Jaan_Tonisson_(Lasteleht), lk 538
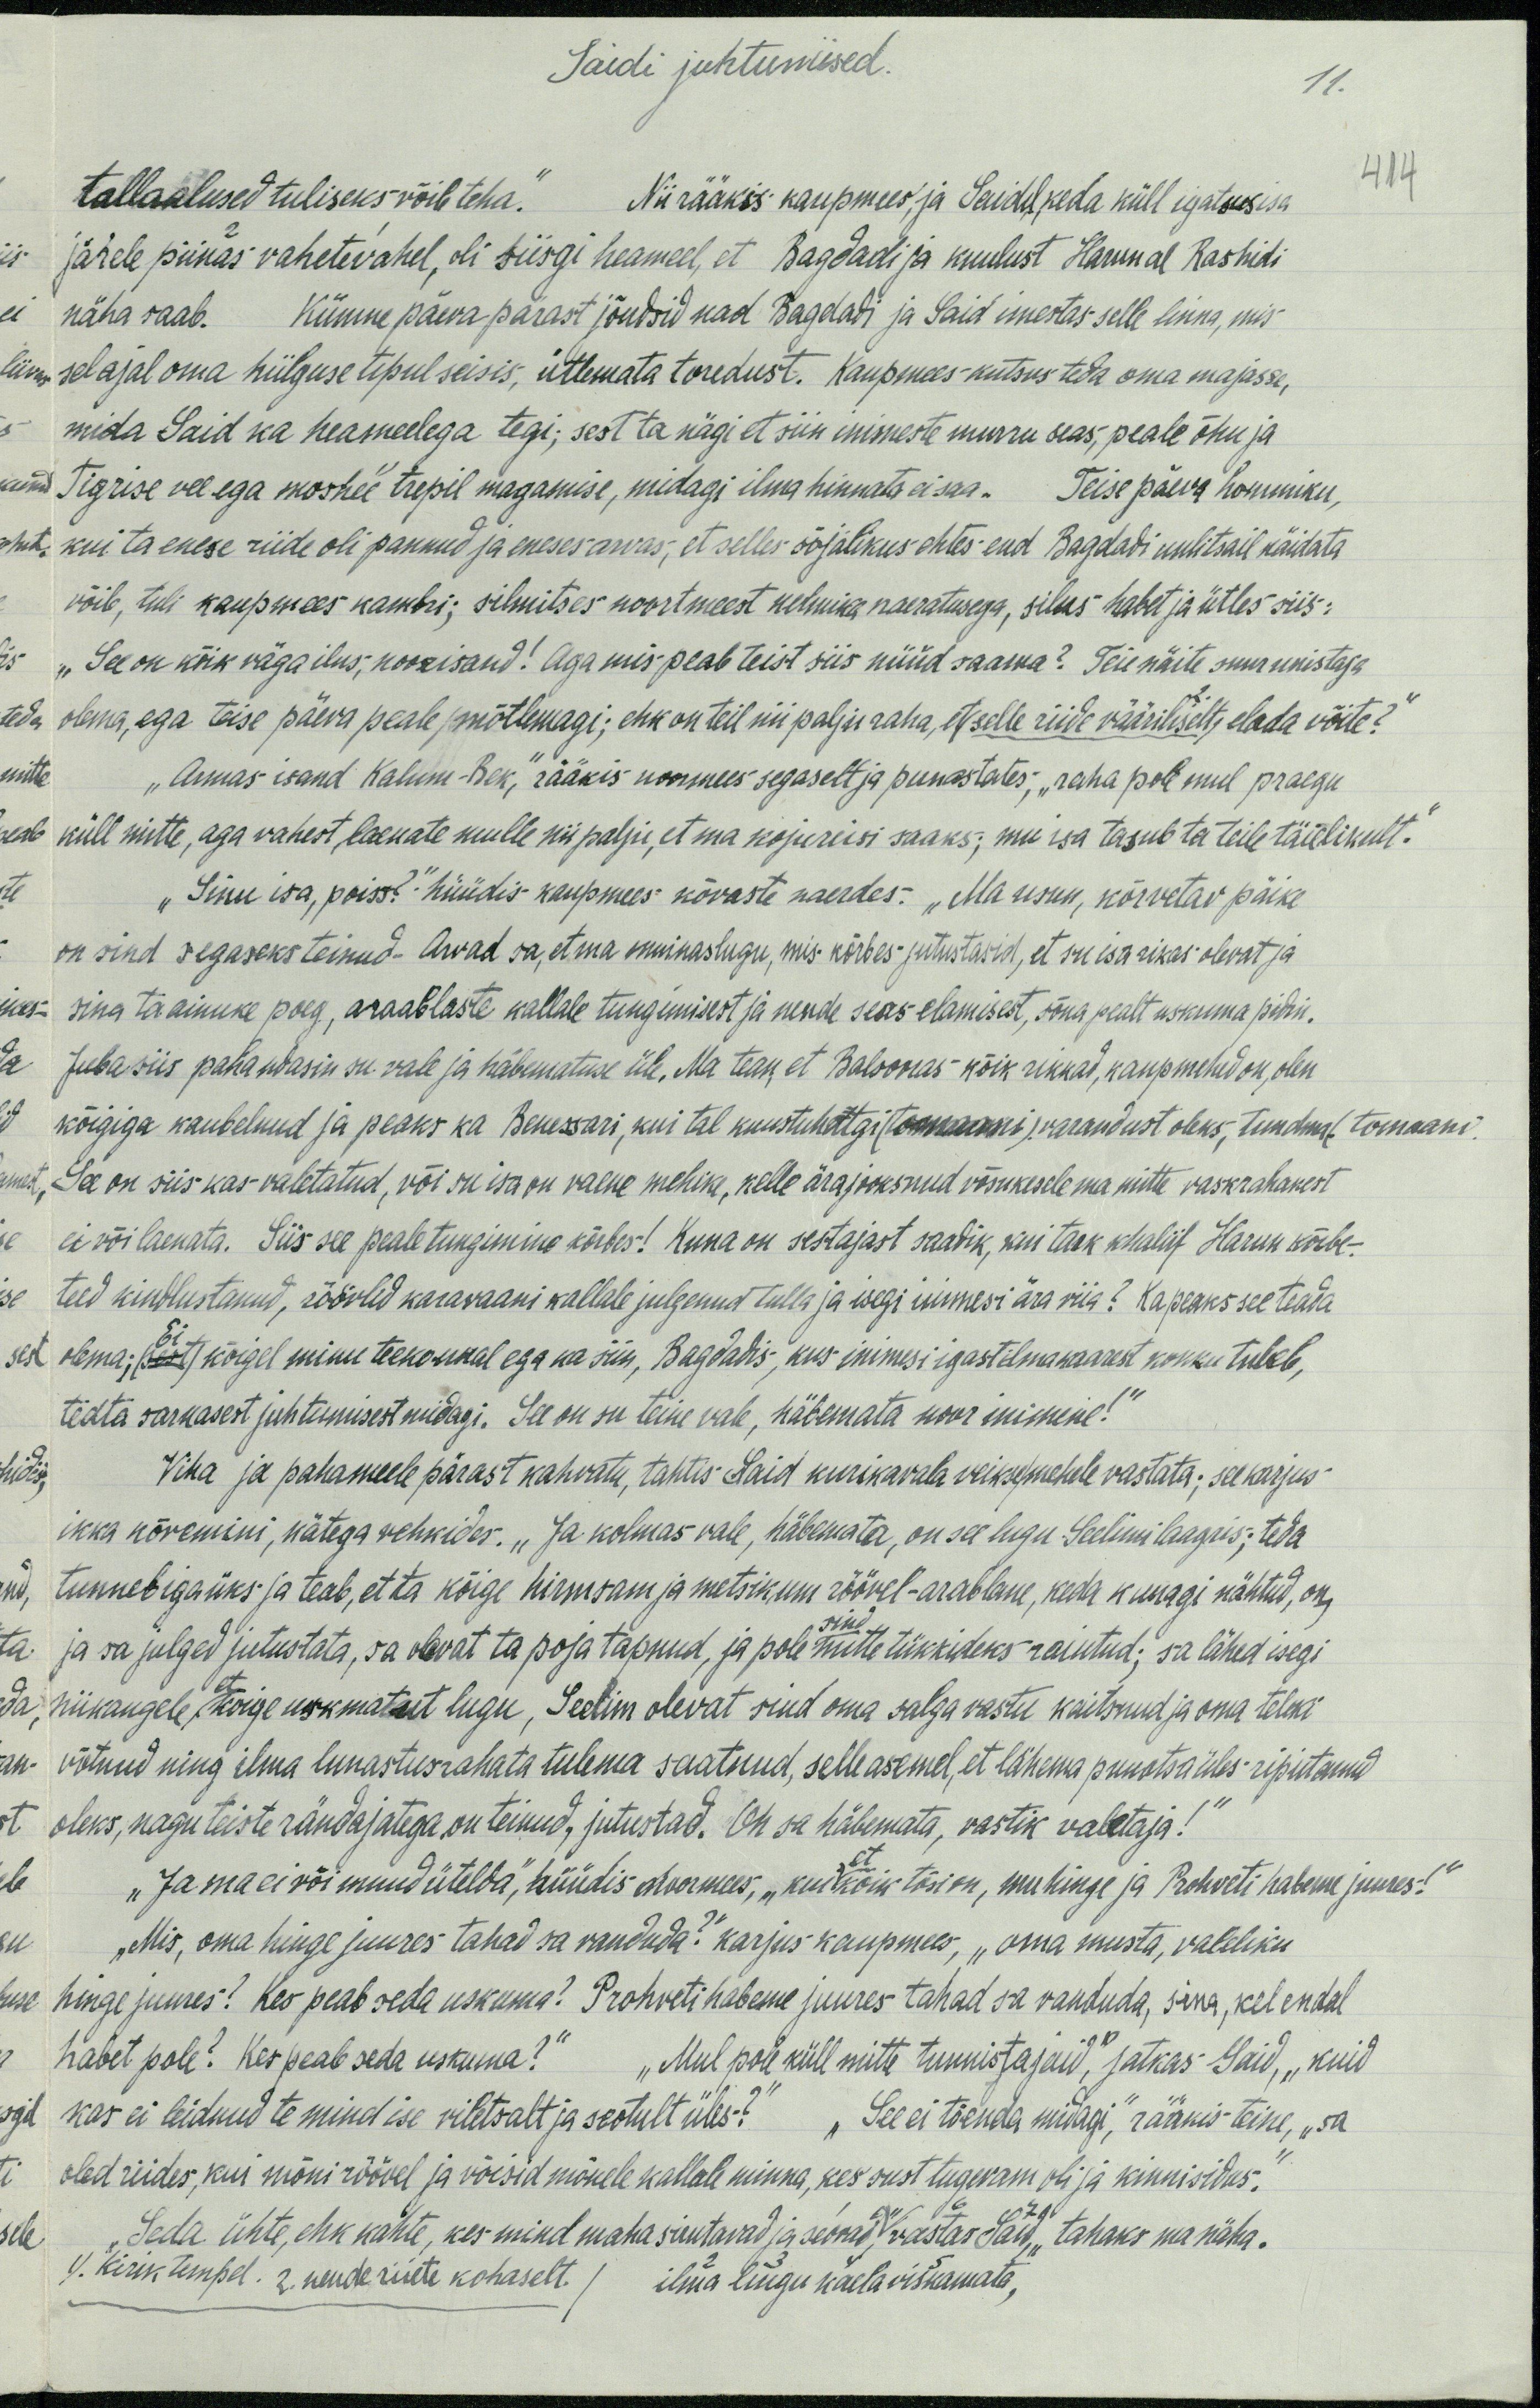
Saidi juhtumised.
11.
tallaalused tuliseks võib teha." Nii rääkis kaupmees ja Saidil, keda küll igatsus isa
414
järele piinas vahetevahel, oli siisgi heameel, et Bagdadi ja kuulust Harun nal Rashidi
näha saab. Kümne päeva pärast jõudsid nad Bagdadi ja Said imestas selle linna, mis
selajal oma hiilguse tipul seisis, ütlemata toredust. Kaupmees-kutsus teda oma majasse,
mida Said ka heameelega tegi; sest ta nägi et siin inimeste murru seas, peale õhu ja
Tigrise vee ega moshee trepil magamise, midagi ilma hinnata ei saa. Teise päeva hommiku,
kui ta enese riide oli pannud ja eneses arvas, et selles sõjalikus ohtes end Bagdadi uulitsail näidata
võib, tuli kaupmees kambri, silmitses noortmeest kelmika naeratusega, silus habet ja ütles siis-
„See on kõik väga ilus, noorisand! Aga mis peab teist siis nüüd saama? Teie näite suur unistaja
olema, aga teise päeva peale mõtlemagi; ehk on teil nii palju raha, et selle riide vääriliselt, elada võite?
„Armas isand Kalum-Bek," rääkis noormees segaselt ja punastates, „raha pole mul praegu
- küll mitte, aga vahest, laenate mulle niipalju, et ma kojureisi saaks; mu isa tasub ta teile täielikult."
"Sinu isa, poiss?" hüüdis kaupmees kõvaste naerdes. „Ma usun, kõrvetav päike
on sind segaseks teinud. Arvad sa, et ma muinaslugu, mis kõrbes jutustasid, et su isa rikas olevat ja
sina ta ainuke poeg, araablaste kallale tungimisest ja nende seas elamisest, sõna pealt uskuma pidin.
Juba siis pahandasin su vale ja häbematuse üle. Ma tean, et Baloonas kõik rikkad, kaupmehed on, olen
kõigiga kaubelnud ja peaks ka Benessari, kui tal kuustuhatgi varandust oleks, tundma (tomaani,
See on siis kas valetatud, või su isa on vaene mehike, kelle ärajooksnud võsukesele ma mitte vaskraharest
ei või laenata. Siis see peale tungimine kõrbes! Kuna on sestajast saadik, kui tark khaliif Harun kõrbe-
teed kindlustanud, röövlid karavaani kallale julgenud tulla ja isegi inimesi ära viia? Ka peaks see teada
olema, ei kõigel minu teekonnal ega ka siin, Bagdadis, kus inimesi igast ilmamaast kokku tuleb,
teata sarnasest juhtumisest midagi. See on su teine vale, häbemata noor inimine!"
Viha ja pahameele pärast kahvatu, tahtis Said kurikavala veikse mehele vastata; see karjus
ikka kõvemini, kätega vehkides. „Ja kolmas vale, häbemata, on see lugu. Seelimi laagis; teda
tunneb igaüks ja teab, et ta kõige hirmsam ja metsikum röövel-arablane, keda kunagi nähtud, on,
ja sa julged jutustata, sa olevat ta poja tapnud, ja pole mitte tükkideks raiutud; sa lähed isegi
sind
niikaugele, et kõige uskmatut lugu, Seelim olevat sind oma salga vastu kaitsnud ja oma telki
võtnud ning ilma lunastusrahata tulema saatnud, selle asemel, et lähema puuotsa üles riputanud-
oleks, nagu teiste rändajatega on teinud, jutustad. Oh sa häbemata, vastik valetaja!“
"Ja ma ei või muud ütelda", hüüdis noormees, "kui et kõik tõsi on, mu hinge ja Prohveti habeme juures"
„Mis, oma hinge juures tahad sa vanduda?" karjus kaupmees, „oma musta, valeliku
hinge juures? Kes peab seda uskuma! Prohveti habeme juures tahad sa vanduda, sina, kel endal
habet pole? Kas peab seda uskuma?" "Mul pole küll mitte tunnistajaid", jatkas "Said, „kuid
kas ei leidnud te mind ise viletsalt ja seotult üles? "See ei tõenda midagi," rääkis teine, „sa
oled riides, kui mõni röövel ja võisid mõnele kallale minna, kes sust tugevam oli ja kinnisidus."
„Seda ühte, ehk kahte, kes mind maha sirutavad ja seovad," wastas Said,“ tahaks ma näha.
4. kirik tempel. 2. nende riiete kohaselt. (ilma lingu kaela viskamata,